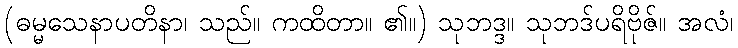
(ဓမ္မသေနာပတိနာ၊ သည်။ ကထိတာ။ ၏။) သုဘဒ္ဒ။ သုဘဒ်ပရိဗိုဇ်။ အလံ၊